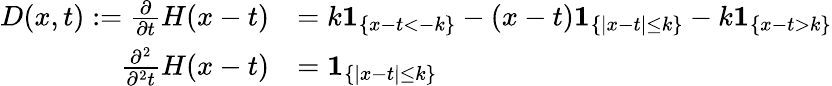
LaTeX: \begin{array}{rl}{D(x,t):=\frac{\partial}{\partial t}H(x-t)}&{=k\mathbf{1}_{\{ x-t<-k\} }-(x-t)\mathbf{1}_{\{ \vert x-t\vert\leq k\} }-k\mathbf{1}_{\{ x-t>k\} }}\\ {\frac{\partial^{2}}{\partial^{2}t}H(x-t)}&{=\mathbf{1}_{\{ \vert x-t\vert\leq k\} }}\end{array}